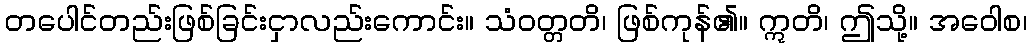
တပေါင်တည်းဖြစ်ခြင်းငှာလည်းကောင်း။ သံဝတ္တတိ၊ ဖြစ်ကုန်၏။ ဣတိ၊ ဤသို့။ အဝေါစ၊